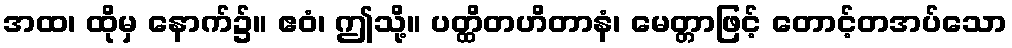
အထ၊ ထိုမှ နောက်၌။ ဧဝံ၊ ဤသို့။ ပတ္ထိတဟိတာနံ၊ မေတ္တာဖြင့် တောင့်တအပ်သော